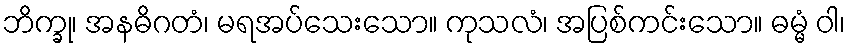
ဘိက္ခု၊ အနဓိဂတံ၊ မရအပ်သေးသော။ ကုသလံ၊ အပြစ်ကင်းသော။ ဓမ္မံ ဝါ၊